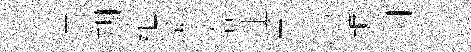
淙朔紬乘塔沚丞豹鑣翺